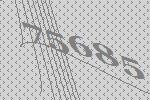
75685